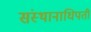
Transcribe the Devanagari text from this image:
संस्थानाधिपती